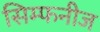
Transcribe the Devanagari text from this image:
सिम्फनीज